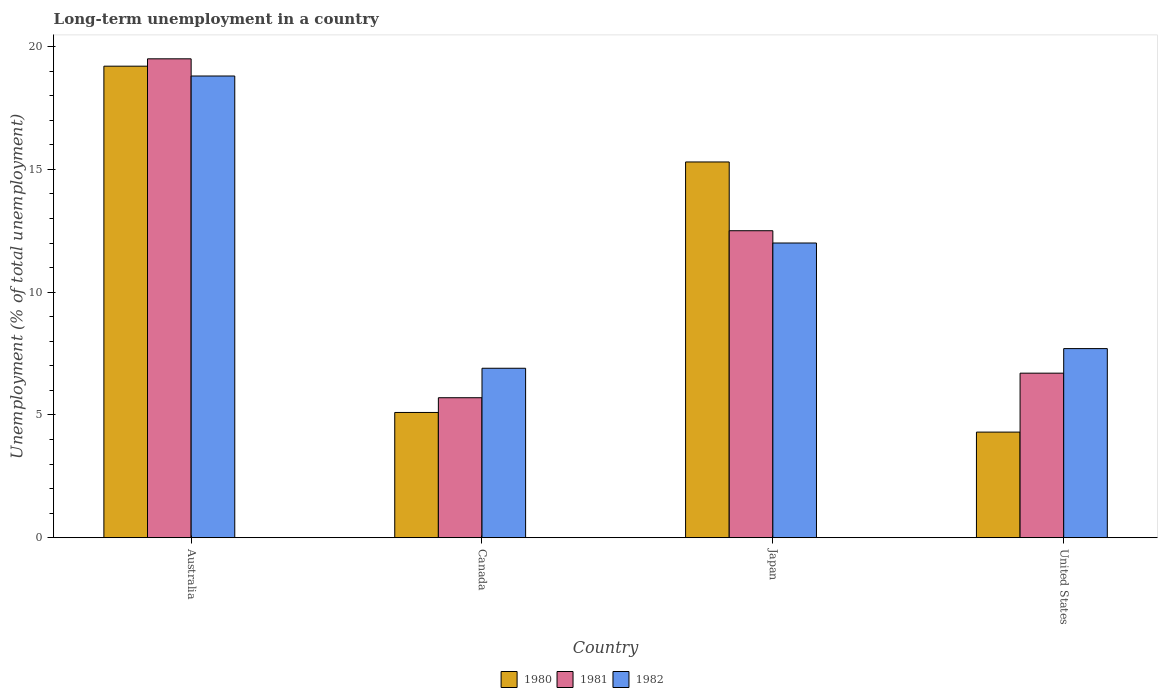
| Country | 1980 | 1981 | 1982 |
 | --- | --- | --- | --- |
 | Australia | 19.2 | 19.5 | 18.8 |
 | Canada | 5.1 | 5.7 | 6.9 |
 | Japan | 15.3 | 12.5 | 12 |
 | United States | 4.3 | 6.7 | 7.7 |